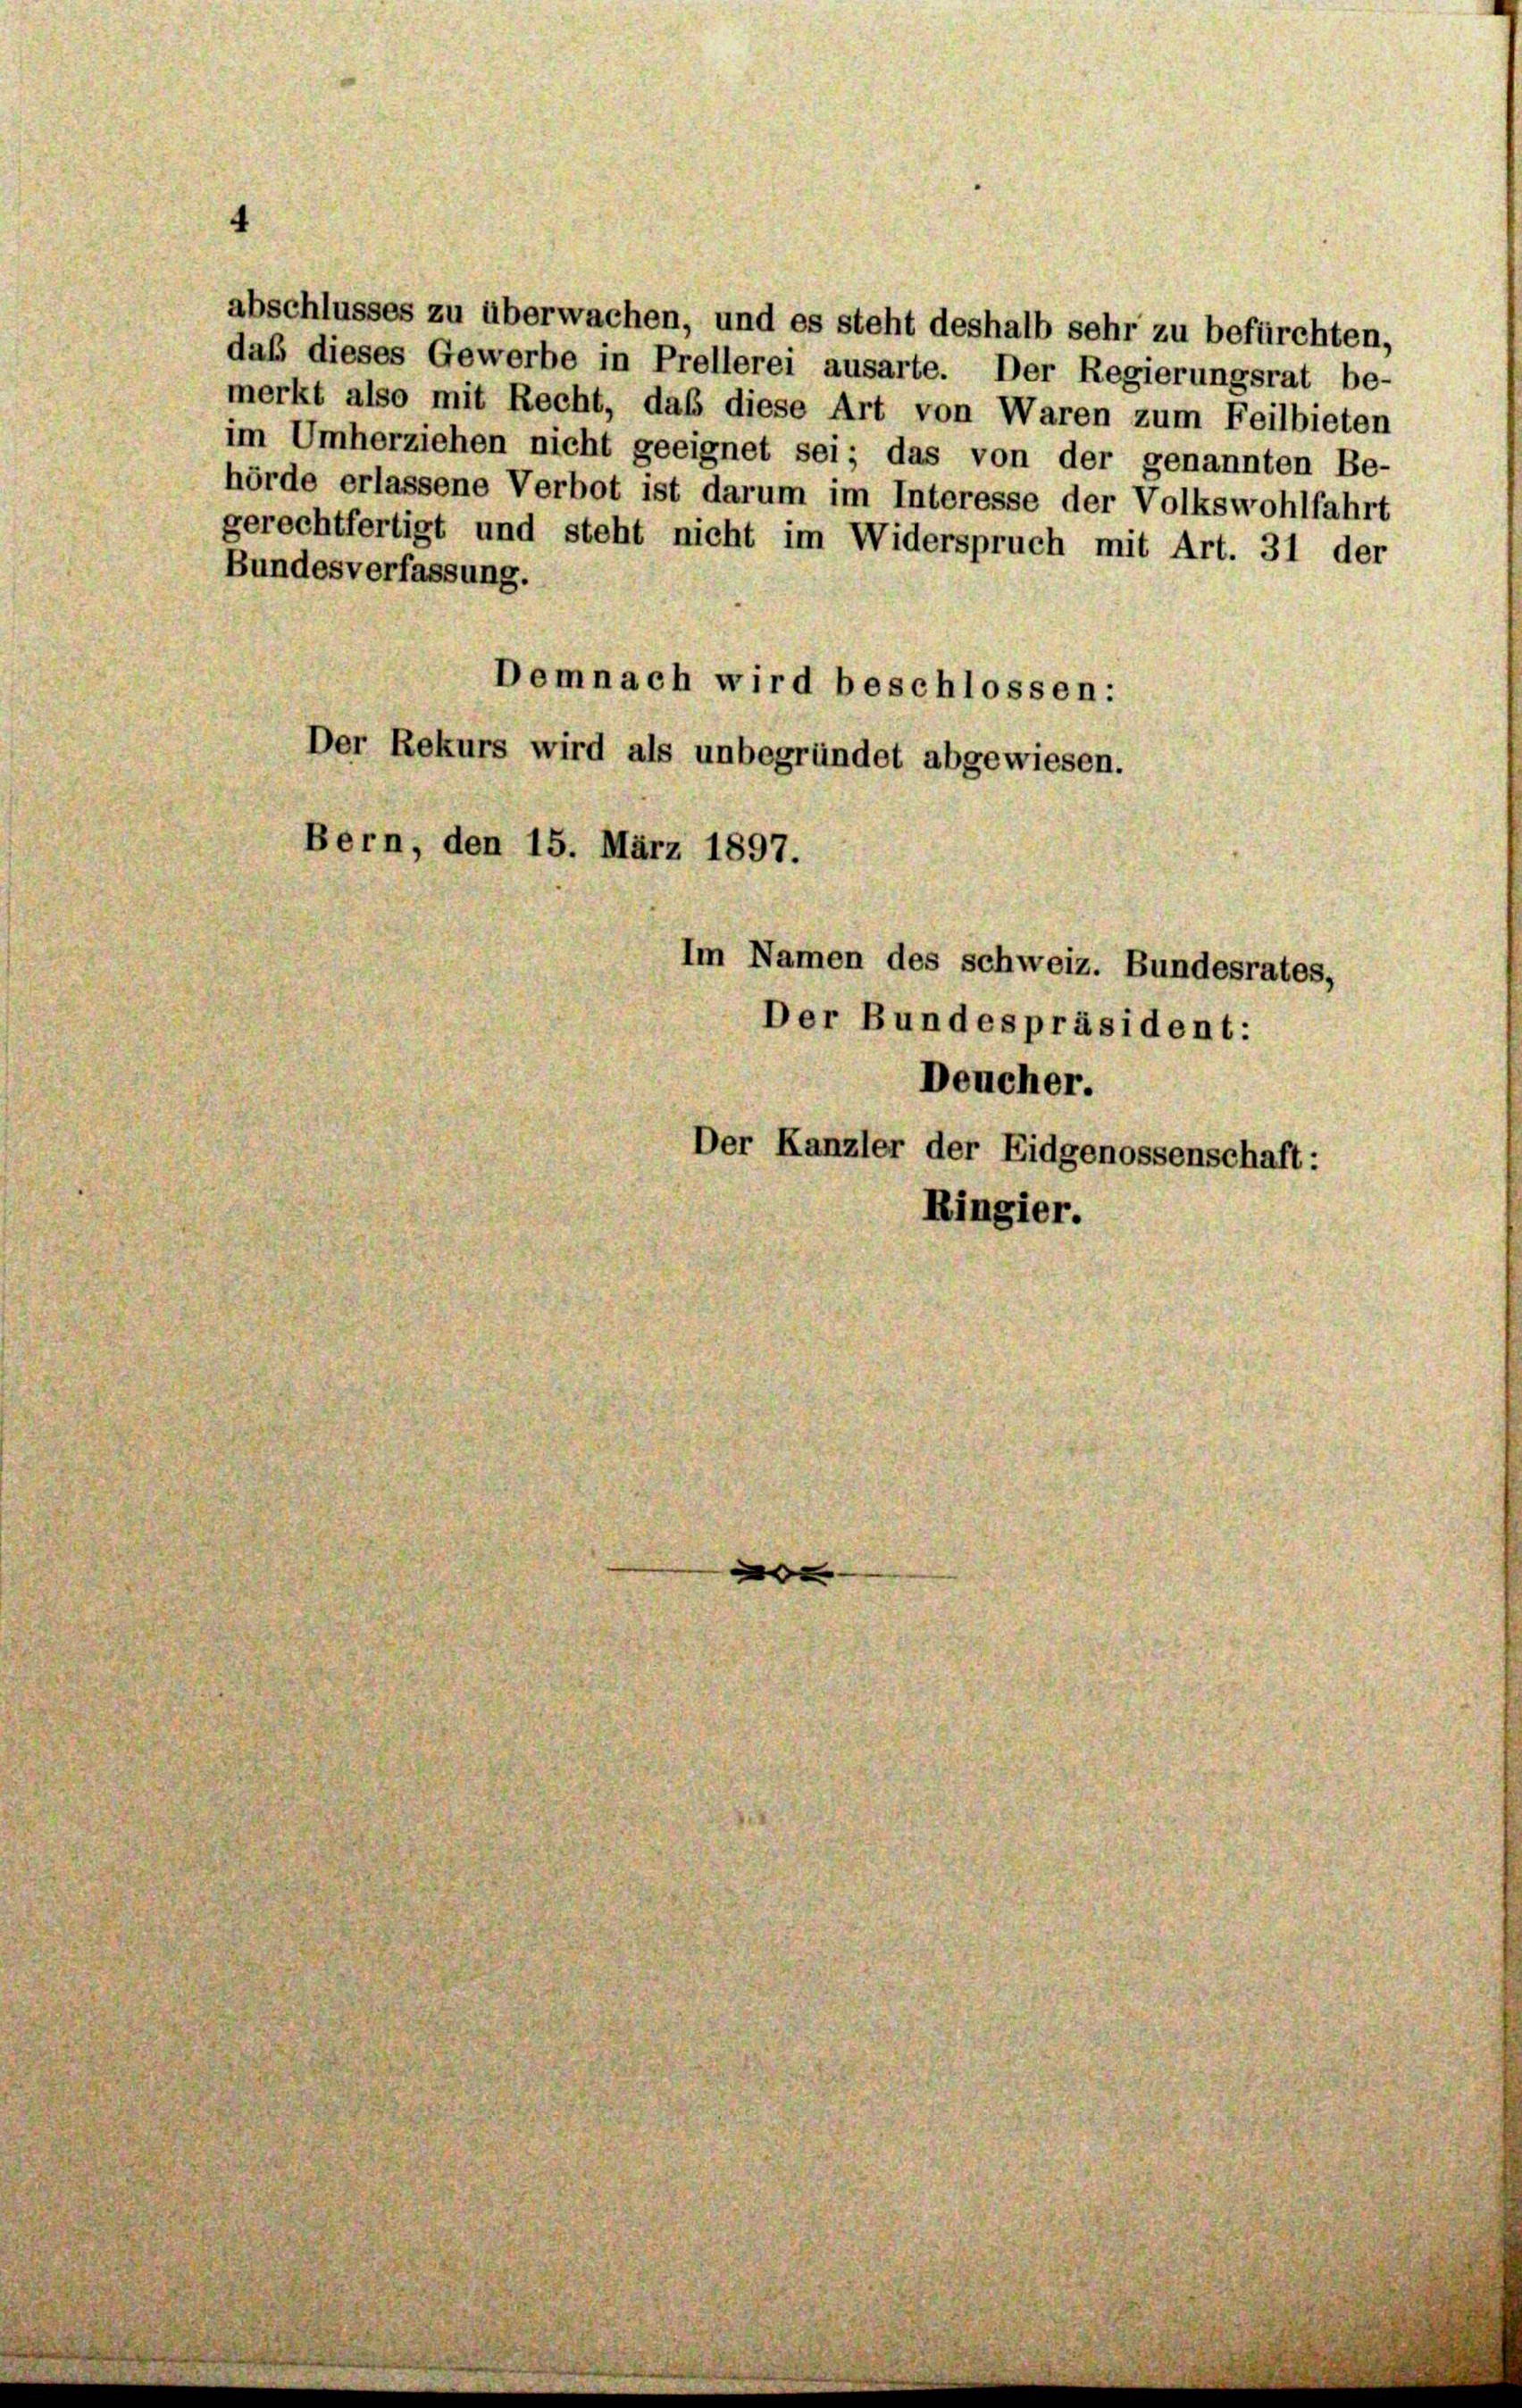
hörde erlassene Verbot ist darum im Interesse der Volkswohlfahrt
gerechtfertigt und steht nicht im Widerspruch mit Art. 31 der
Bundesverfassung.
Demnach wird beschlossen:
Der Rekurs wird als unbegründet abgewiesen.
Bern, den 15. März 1897.
Im Namen des schweiz. Bundesrates,

abschlusses zu überwachen, und es steht deshalb sehr zu befürchten,
daß dieses Gewerbe in Prellerei ausarte. Der Regierungsrat be-
merkt also mit Recht, daß diese Art von Waren zum Feilbieten
im Umherziehen nicht geeignet sei; das von der genannten Be-

Der Bundespräsident:
Deucher.
Der Kanzler der Eidgenossenschaft:
Ringier.